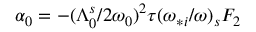
\alpha _ { 0 } = - ( \Lambda _ { 0 } ^ { s } / 2 \omega _ { 0 } ) ^ { 2 } \tau ( \omega _ { * i } / \omega ) _ { s } F _ { 2 }